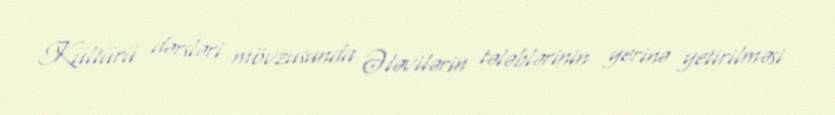
Kültürü dərsləri mövzusunda Ələvilərin tələblərinin yerinə yetirilməsi